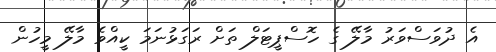
އެ ދުވަސްވަރު މާލޭ ގެ ހޮސްޕީޓަލް ތަށް ރަގަޅުނަމަ ކީއްވެ މާލޭ މީހުން